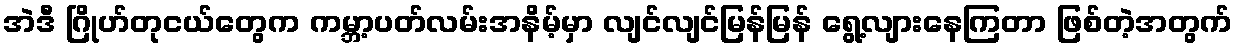
အဲဒီ ဂြိုဟ်တုငယ်တွေက ကမ္ဘာ့ပတ်လမ်းအနိမ့်မှာ လျင်လျင်မြန်မြန် ရွေ့လျားနေကြတာ ဖြစ်တဲ့အတွက်